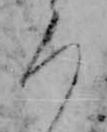
ろ